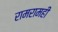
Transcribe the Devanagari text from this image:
रामरामही